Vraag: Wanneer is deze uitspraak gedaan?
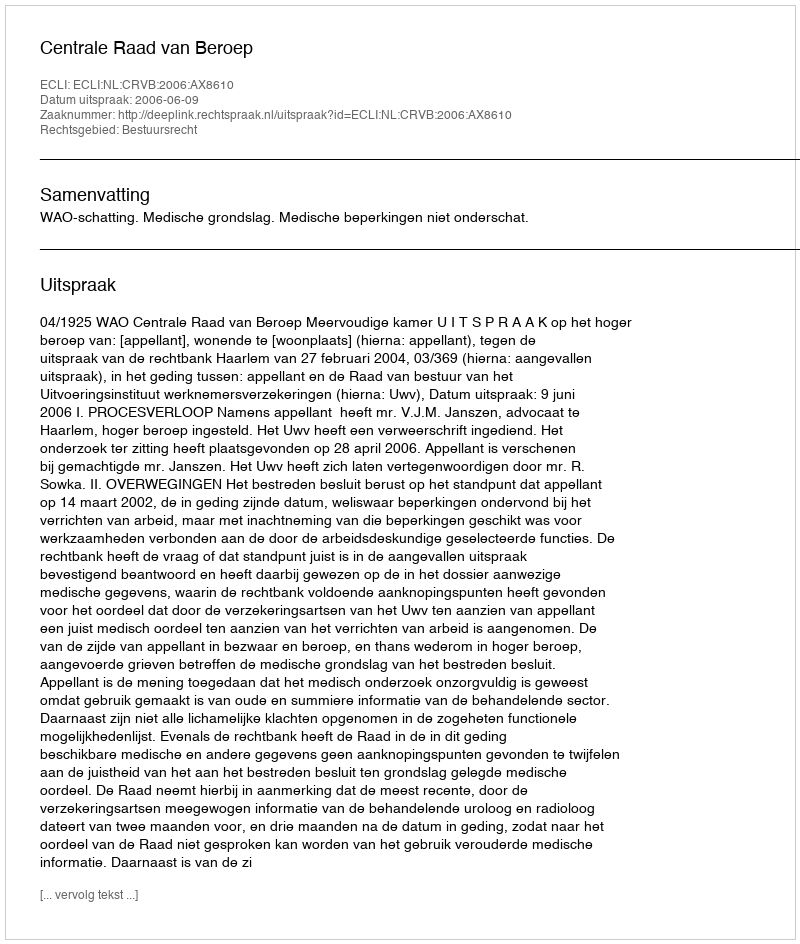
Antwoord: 2006-06-09